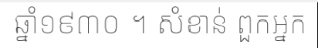
ឆ្នាំ១៩៣០ ។ សំខាន់ ពួកអ្នក